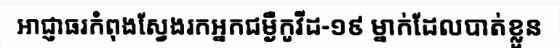
អាជ្ញាធរកំពុងស្វែងរកអ្នកជម្ងឺកូវីដ-១៩ ម្នាក់ដែលបាត់ខ្លួន